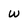
Character: w